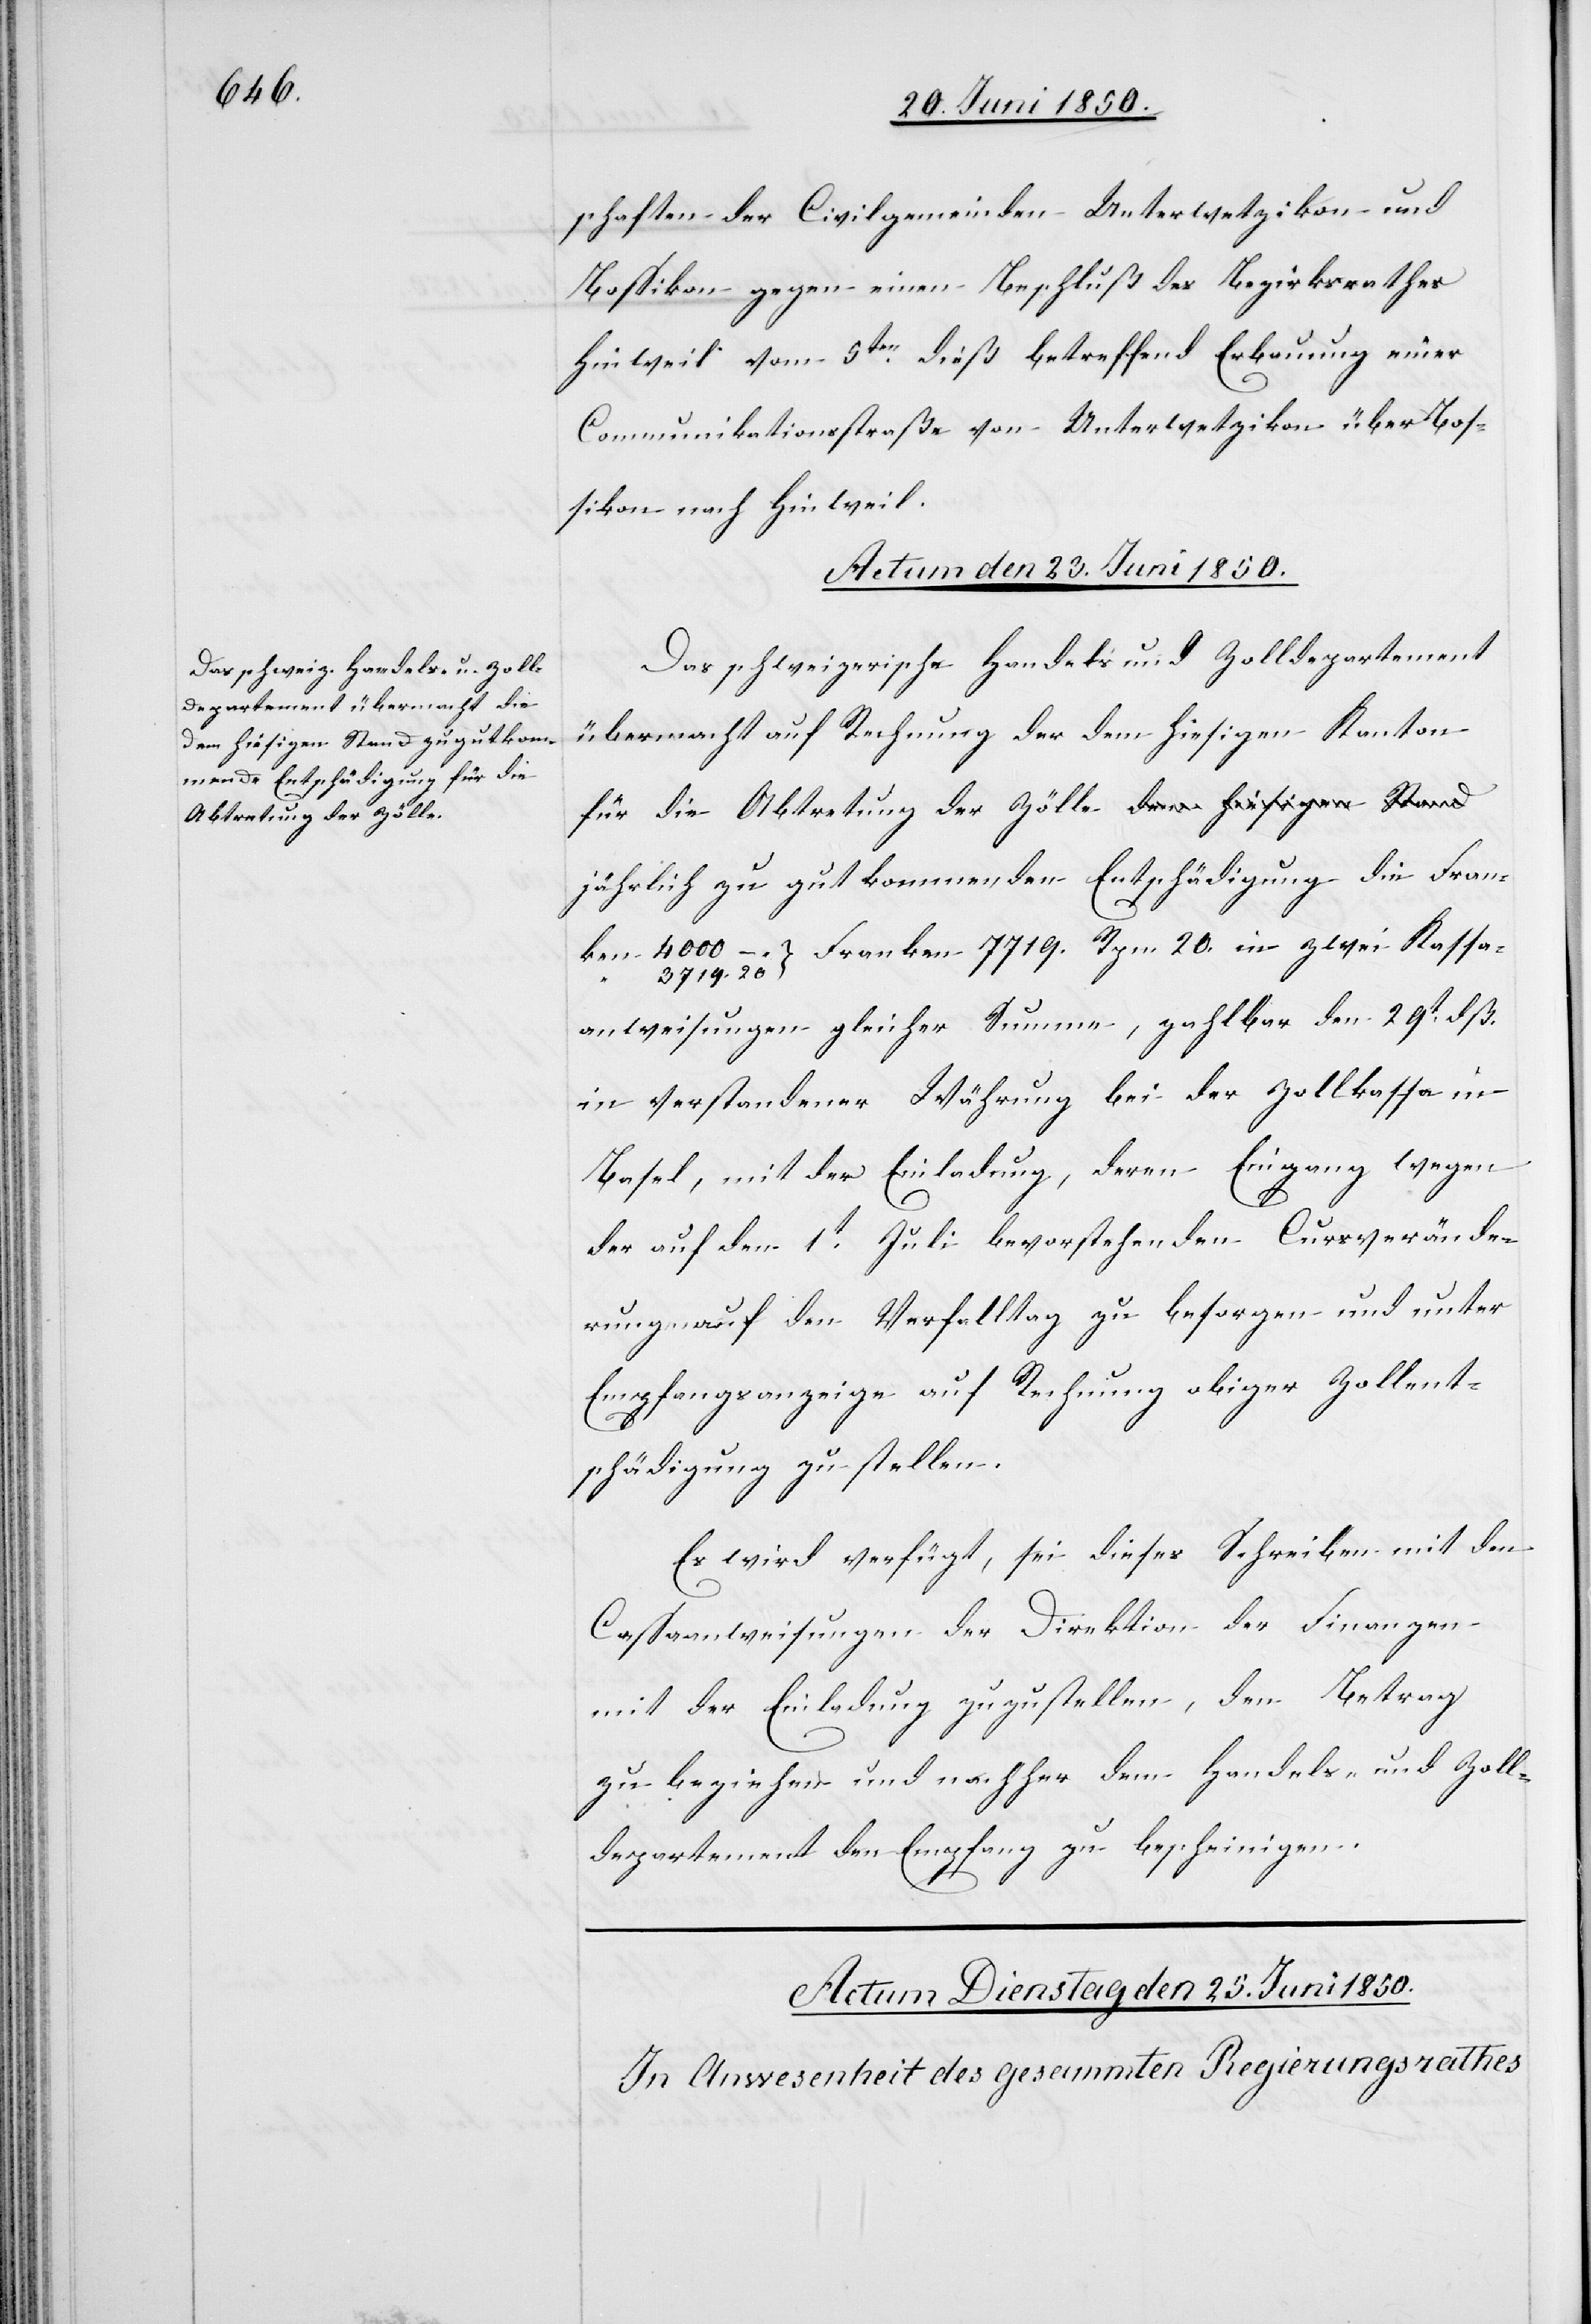
Abtretung der Zölle

schaften der Civilgemeinden Unterwetzikon und
Bossikon gegen einen Beschluß des Bezirksrathes
Hinweil vom 5ten dieß betreffend Erbauung einer
Communikationsstraße von Unterwetzikon über Bos¬
sikon nach Hinweil.
Actum den 23. Juni 1850.
Das schweizerische Handels[-] und Zolldepartement
übermacht auf Rechnung der dem hiesigen Kanton
jährlich zu gut kommenden Entschädigung die Franken
Kassa¬
anweisungen gleicher Summe, zahlbar den 29t dß.
in verstandener Währung bei der Zollkassa in
Basel, mit der Einladung, deren Eingang wegen
der auf den 1t Juli bevorstehenden Cursverände¬
rung auf den Verfalltag zu besorgen und unter
Empfangsanzeige auf Rechnung obiger Zollent¬
schädigung zu stellen.
Es wird verfügt, sei dieses Schreiben mit den
Cassaanweisungen der Direktion der Finanzen
mit der Einladung zuzustellen, den Betrag
zu beziehen und nachher dem Handels- und Zoll¬
departement den Empfang zu bescheinigen.